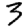
Digit: 3